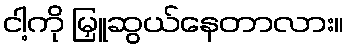
ငါ့ကို မြှူဆွယ်နေတာလား။